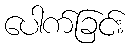
ပေါက်ခြင်း